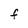
Character: F